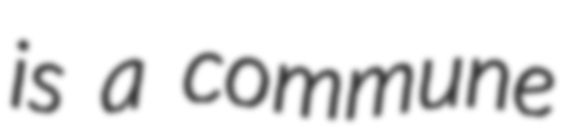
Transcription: is a commune